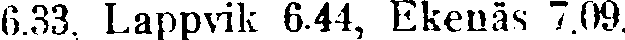
6.33. Lappvik 6.44, Ekenäs 7.09.